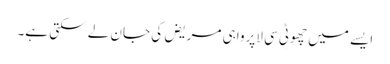
ایسے میں چھوٹِی سی لاپرواہی مریض کی جان لے سکتی ہے۔